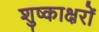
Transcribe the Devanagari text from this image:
शुष्काक्षरों